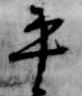
平